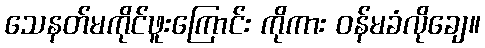
သေနတ်မကိုင်ဖူးကြောင်း ကိုကား ဝန်မခံလိုချေ။